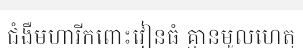
ជំងឺមហារីកពោះវៀនធំ គ្មានមូលហេតុ